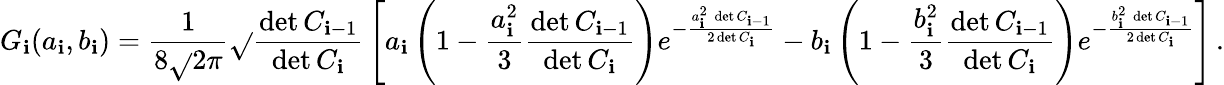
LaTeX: G_{\mathbf{i}}(a_{\mathbf{i}},b_{\mathbf{i}})={\frac{{1}}{{8\sqrt{}{{2\pi}}}}}\sqrt{}{{\frac{{\operatorname*{det}C_{\mathbf{i}-1}}}{{\operatorname*{det}C_{\mathbf{i}}}}}}\left[a_{\mathbf{i}}\left(1-{\frac{{a_{\mathbf{i}}^{2}}}{{3}}}{\frac{{\operatorname*{det}C_{\mathbf{i}-1}}}{{\operatorname*{det}C_{\mathbf{i}}}}}\right)e^{-{\frac{{a_{\mathbf{i}}^{2}\, \operatorname*{det}C_{\mathbf{i}-1}}}{{2\operatorname*{det}C_{\mathbf{i}}}}}}-b_{\mathbf{i}}\left(1-{\frac{{b_{\mathbf{i}}^{2}}}{{3}}}{\frac{{\operatorname*{det}C_{\mathbf{i}-1}}}{{\operatorname*{det}C_{\mathbf{i}}}}}\right)e^{-{\frac{{b_{\mathbf{i}}^{2}\, \operatorname*{det}C_{\mathbf{i}-1}}}{{2\operatorname*{det}C_{\mathbf{i}}}}}}\right]\, .